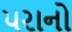
પરાનો